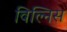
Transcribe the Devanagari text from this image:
विल्निस